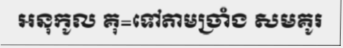
អនុកូល គុ=ទៅតាមច្រាំង សមគូរ